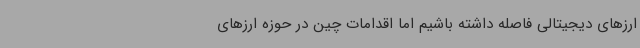
ارزهای دیجیتالی فاصله داشته باشیم اما اقدامات چین در حوزه ارزهای